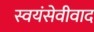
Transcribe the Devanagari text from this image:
स्वयंसेवीवाद